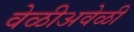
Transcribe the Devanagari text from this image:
वेळीअवेळी